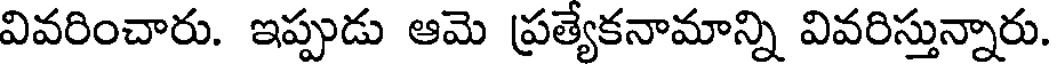
వివరించారు. ఇప్పుడు ఆమె ప్రత్యేకనామాన్ని వివరిస్తున్నారు.